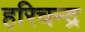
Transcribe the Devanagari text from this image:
हरिचन्द्र